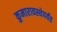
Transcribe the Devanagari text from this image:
कुमारावस्थेपर्यंत